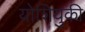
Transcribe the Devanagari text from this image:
योशियुकी